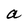
Character: a